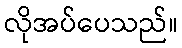
လိုအပ်ပေသည်။